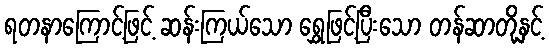
ရတနာကြောင့်ဖြင့် ဆန်းကြယ်သော ရွှေဖြင့်ပြီးသော တန်ဆာတို့နှင့်